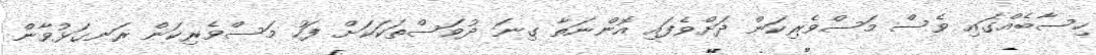
ހިސާބެއްގައި ވެސް މަސްވެރިކަން ދަށްވެފައި އޮންނަތާ ގިނަ ދުވަސްތަކަކަށް ފަހު މަސްވެރިކަން ރަނގަޅުވާން